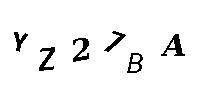
YZ27BA